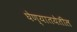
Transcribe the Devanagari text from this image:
घेण्यातयेतील